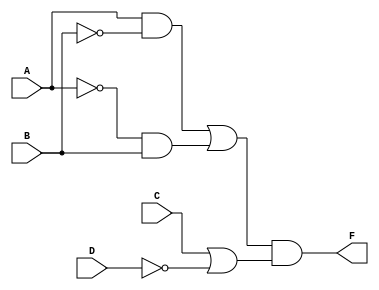
//fig 3-25 pg. 125
module mod3_32_f(F, A, B, C, D);
    output F;
    input A, B, C, D;
    //wire and1_wire, and2_wire, nor1_wire, nor2_wire;

    assign F = !(!((A && !B) || (!A && B))) && !(!(C || !D));
endmodule

module mod3_32_f_tb;
reg a, b, c, d;
wire y;

mod3_32_f circuit(y, a, b, c, d);
initial
begin
$monitor("a=%b, b=%b, c=%b, d=%b, y=%b", a, b, c, d, y);
a = 0; b = 0; c = 0; d = 0; #10;
a = 0; b = 0; c = 0; d = 1; #10;
a = 0; b = 0; c = 1; d = 0; #10;
a = 0; b = 0; c = 1; d = 1; #10;
a = 0; b = 1; c = 0; d = 0; #10;
a = 0; b = 1; c = 0; d = 1; #10;
a = 0; b = 1; c = 1; d = 0; #10;
a = 0; b = 1; c = 1; d = 1; #10;
a = 1; b = 0; c = 0; d = 0; #10;
a = 1; b = 0; c = 0; d = 1; #10;
a = 1; b = 0; c = 1; d = 0; #10;
a = 1; b = 0; c = 1; d = 1; #10;
a = 1; b = 1; c = 0; d = 0; #10;
a = 1; b = 1; c = 0; d = 1; #10;
a = 1; b = 1; c = 1; d = 0; #10;
a = 1; b = 1; c = 1; d = 1; #10;
$finish;
end
endmodule